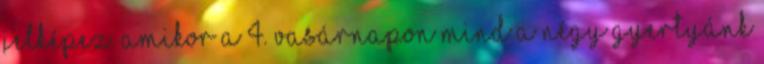
jelképez. Amikor a 4. vasárnapon mind a négy gyertyánk